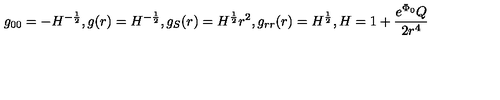
g _ { 0 0 } = - H ^ { - \frac { 1 } { 2 } } , g ( r ) = H ^ { - \frac { 1 } { 2 } } , g _ { S } ( r ) = H ^ { \frac { 1 } { 2 } } r ^ { 2 } , g _ { r r } ( r ) = H ^ { \frac { 1 } { 2 } } , H = 1 + \frac { e ^ { \Phi _ { 0 } } Q } { 2 r ^ { 4 } }